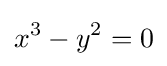
x^{3}-y^{2}=0